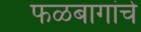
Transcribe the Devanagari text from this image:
फळबागांचे